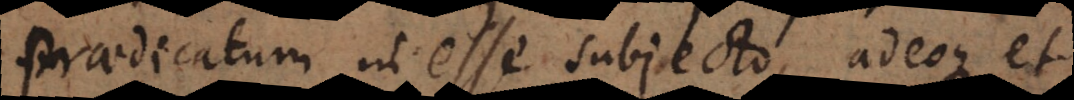
praedicatum inesse subjecto, adeoque et